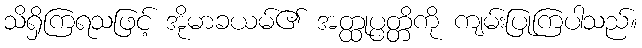
သိရှိကြရသဖြင့် အိုမာခယမ်၏ အတ္ထုပ္ပတ္တိကို ကျမ်းပြုကြပါသည်။